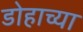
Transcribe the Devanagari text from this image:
डोहाच्या